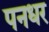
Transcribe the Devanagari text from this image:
पनधर